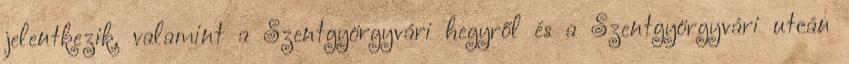
jelentkezik, valamint a Szentgyörgyvári hegyről és a Szentgyörgyvári utcán